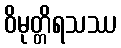
ဝိမုတ္တိရသဿ